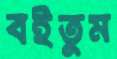
বইতুম